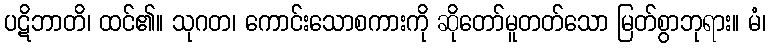
ပဋိဘာတိ၊ ထင်၏။ သုဂတ၊ ကောင်းသောစကားကို ဆိုတော်မူတတ်သော မြတ်စွာဘုရား။ မံ၊